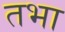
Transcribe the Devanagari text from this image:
तभा